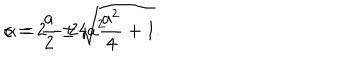
c = 2 - 2 4 a ^ { 2 } \hspace { 0 . 5 c m } \alpha = \frac { a } { 2 } \pm \sqrt { \frac { a ^ { 2 } } { 4 } + 1 } .